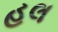
હલ